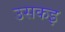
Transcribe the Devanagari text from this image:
उसकइ